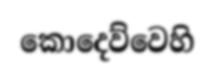
කොදෙව්වෙහි